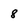
Character: 8